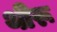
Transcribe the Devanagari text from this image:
थीरू